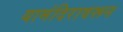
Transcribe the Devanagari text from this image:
यामंदिरावरून